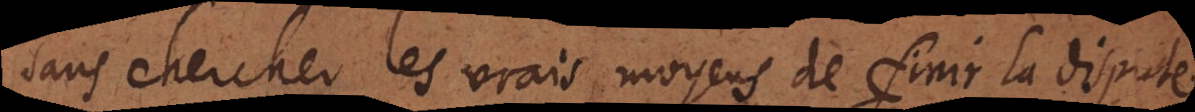
sans chercher les vrais moyens de finir la dispute.